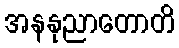
အနနုညာတောတိ